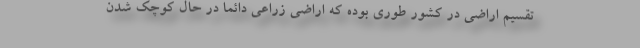
تقسیم اراضی در کشور طوری بوده که اراضی زراعی دائماً در حال کوچک شدن